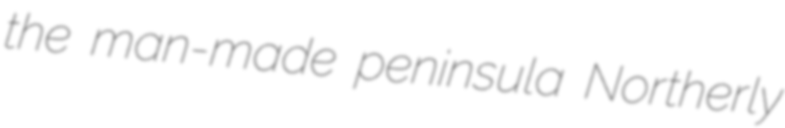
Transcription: the man-made peninsula Northerly